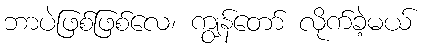
ဘာပဲဖြစ်ဖြစ်လေ၊ ကျွန်တော် လိုက်ခဲ့မယ်